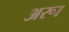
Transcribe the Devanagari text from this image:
अरूा